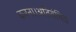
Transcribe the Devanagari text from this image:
करना।अतिवंचित